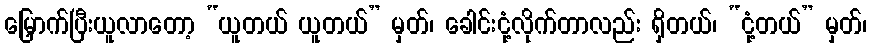
မြှောက်ပြီးယူလာတော့ “ယူတယ် ယူတယ်” မှတ်၊ ခေါင်းငုံ့လိုက်တာလည်း ရှိတယ်၊ “ငုံ့တယ်” မှတ်၊